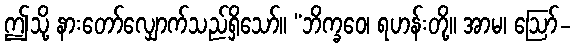
ဤသို့ နားတော်လျှောက်သည်ရှိသော်။ “ဘိက္ခဝေ၊ ရဟန်းတို့။ အာမ၊ ဩော်-